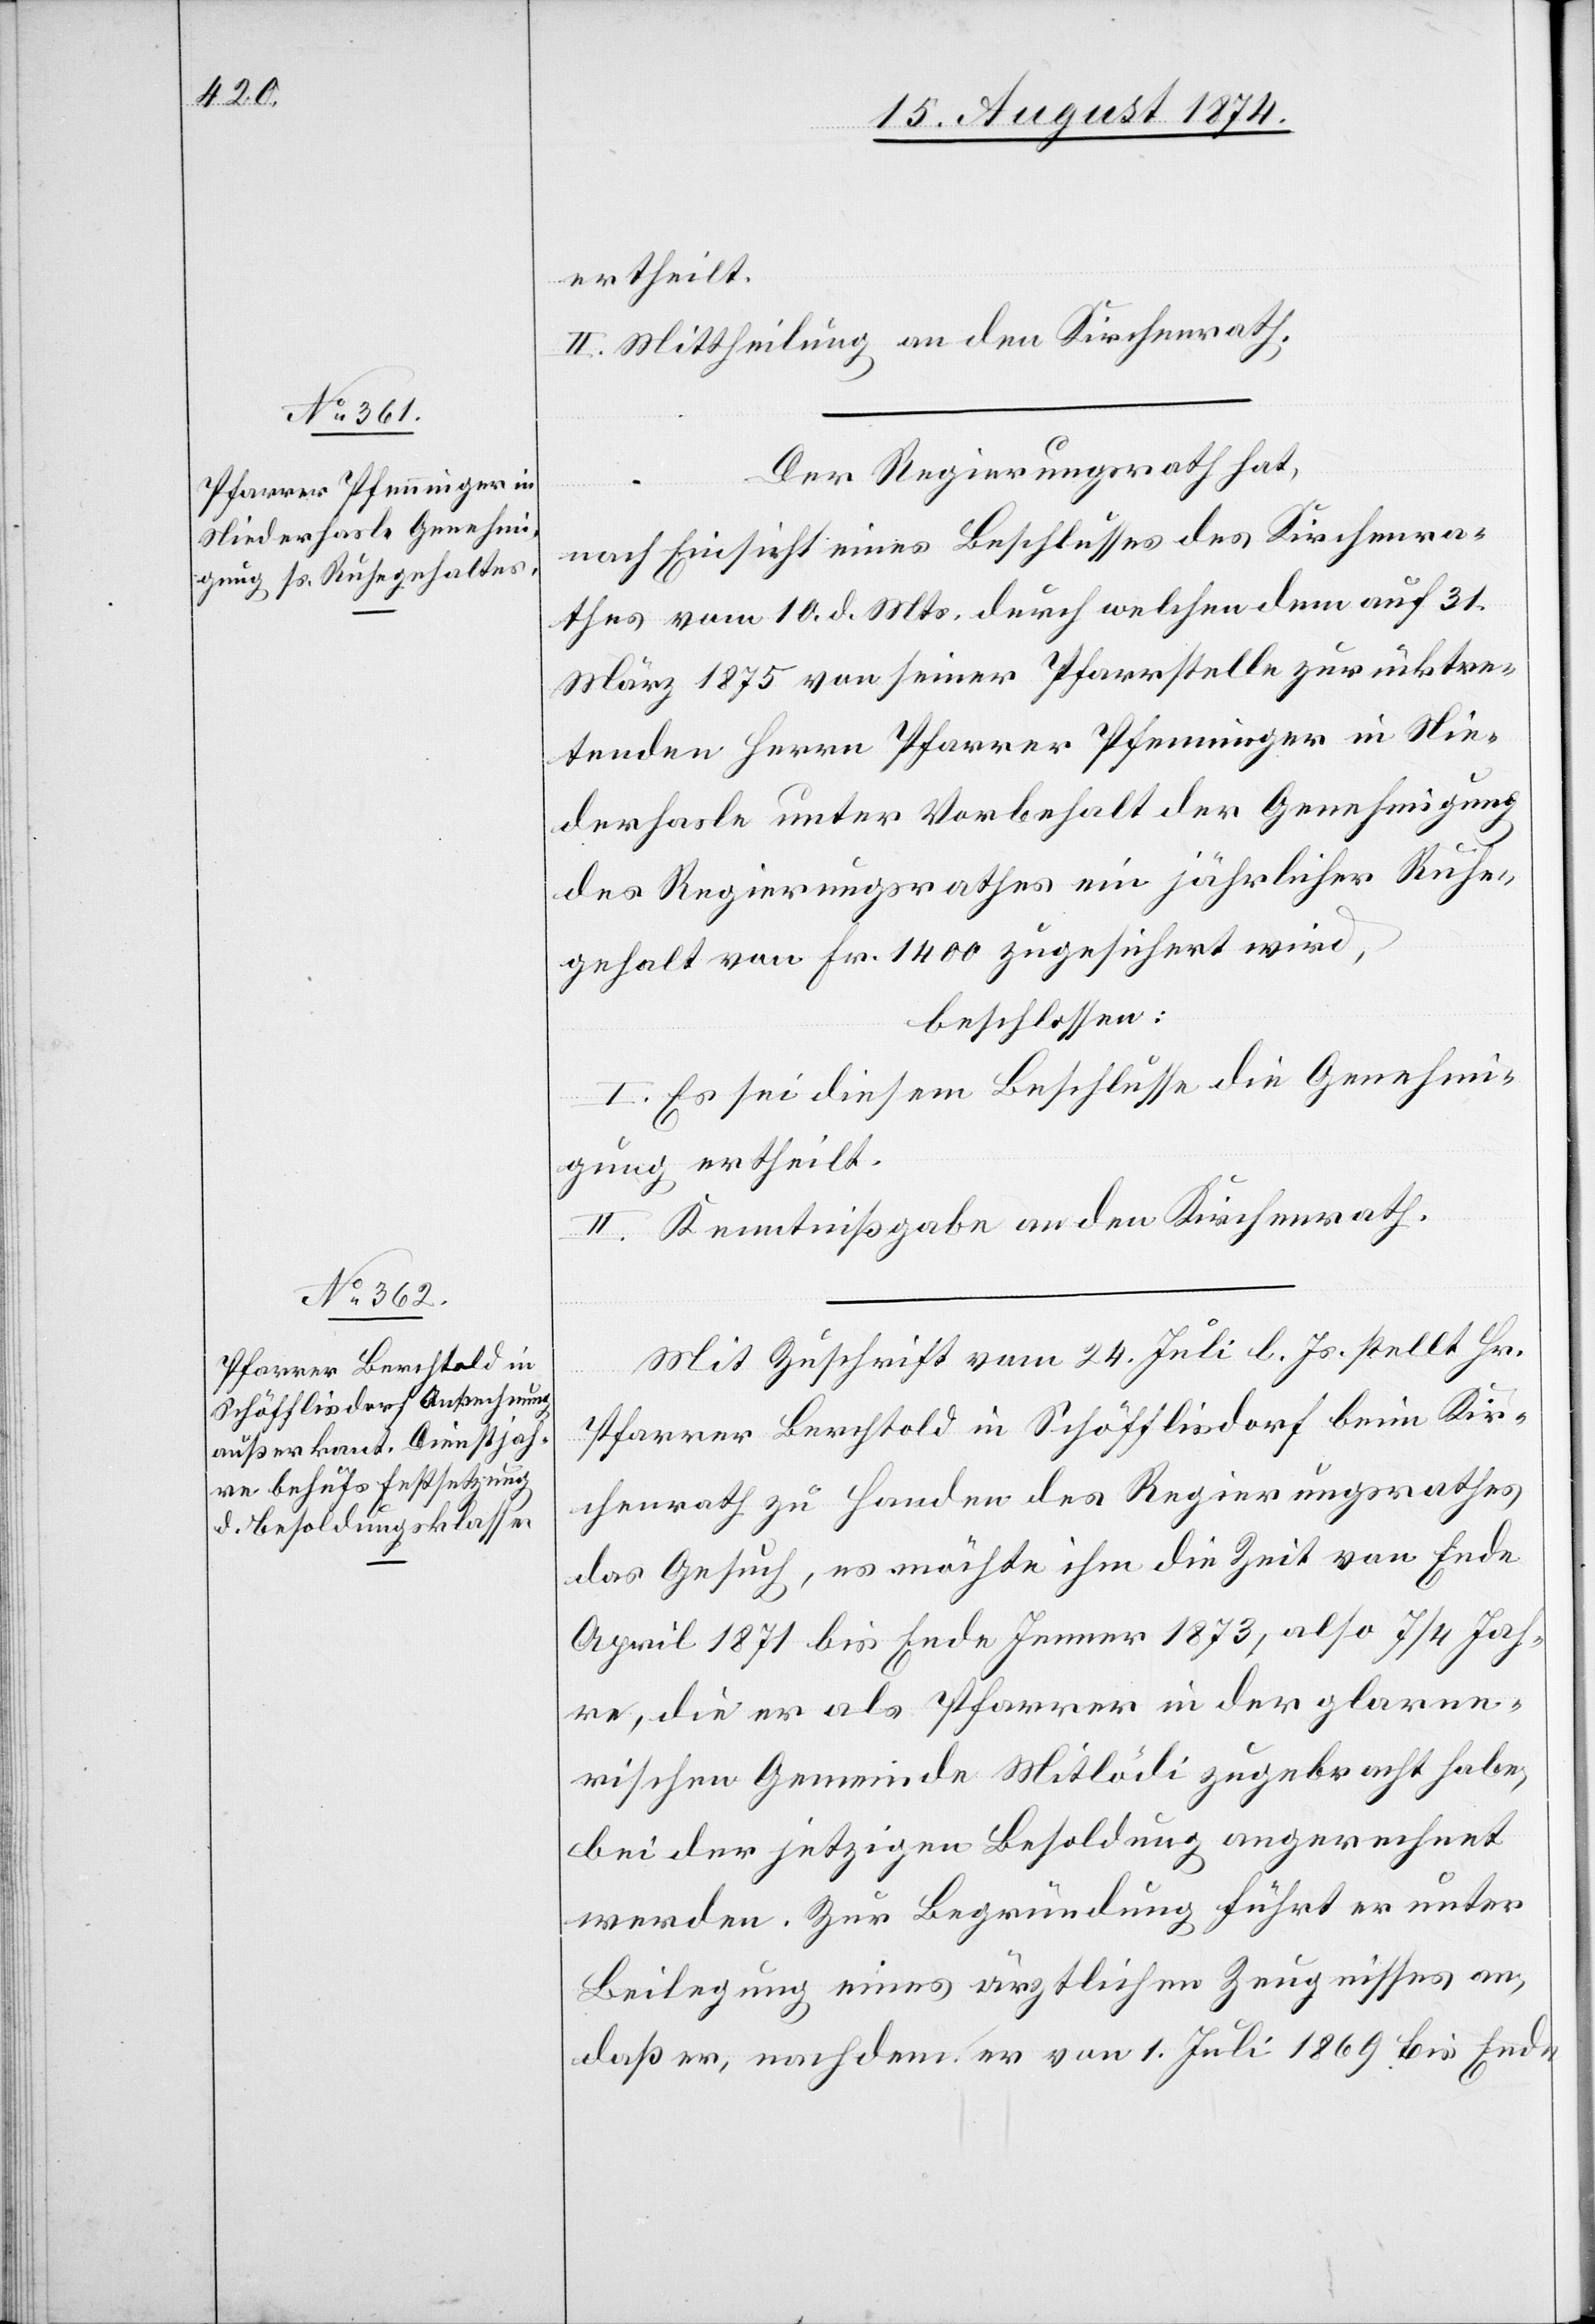
ertheilt.
II. Mittheilung an den Kirchenrath.
Der Regierungsrath hat,
nach Einsicht eines Beschlusses des Kirchenra¬
thes vom 10. d. Mts. durch welchen dem auf 31.
März 1875 von seiner Pfarrstelle zurücktre¬
tenden Herrn Pfarrer Pfenninger in Nie¬
derhasle unter Vorbehalt der Genehmigung
des Regierungsrathes ein jährlicher Ruhe¬
gehalt von Fr. 1400 zugesichert wird,
beschlossen:
I. Es sei diesem Beschlusse die Genehmi¬
gung ertheilt.
II. Kenntnißgabe an den Kirchenrath.
Mit Zuschrift vom 24. Juli l. Js. stellt Hr.
Pfarrer Berchtold in Schöfflisdorf beim Kir¬
chenrath zu Handen des Regierungsrathes
das Gesuch, es möchte ihm die Zeit von Ende
April 1871 bis Ende Jenner 1873, also 7/4 Jah¬
re, die er als Pfarrer in der glarne¬
rischen Gemeinde Mitlödi zugebracht habe,
bei der jetzigen Besoldung angerechnet
werden. Zur Begründung führt er unter
Beilegung eines ärztlichen Zeugnisses an,
daß er, nachdem er von 1. Juli 1869 bis Ende